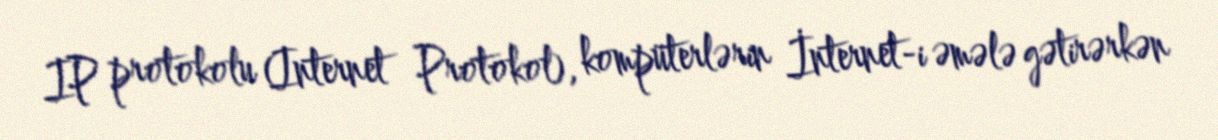
IP protokolu (Internet Protokol), kompüterlərin İnternet-i əmələ gətirərkən